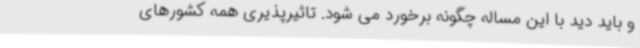
و باید دید با این مساله چگونه برخورد می شود. تاثیرپذیری همه کشورهای